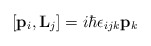
\begin{align*}[{\bf{p}}_i,{\bf{L}}_j] = i\hbar \epsilon_{ijk} {\bf{p}}_k\end{align*}